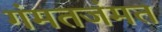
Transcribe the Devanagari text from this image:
गंमतजंमत